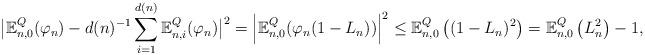
LaTeX: \begin{align*}\big|\mathbb{E}_{n,0}^Q(\varphi_n) - d(n)^{-1} \sum_{i = 1}^{d(n)} \mathbb{E}_{n,i}^Q(\varphi_n)\big|^2 = \left|\mathbb{E}^Q_{n,0}(\varphi_n(1 - L_n))\right|^2 \leq \mathbb{E}^Q_{n,0}\left((1 - L_n)^2\right) = \mathbb{E}^Q_{n,0}\left(L_n^2\right) -1,\end{align*}